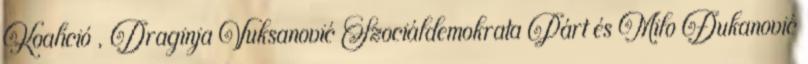
Koalíció , Draginja Vuksanović Szociáldemokrata Párt és Milo Đukanović